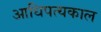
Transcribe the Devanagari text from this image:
आधिपत्यकाल